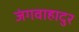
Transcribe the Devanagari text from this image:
जंगवाहादुर